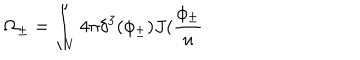
\Omega _ { \pm } = \int _ { V } 4 \pi \delta ^ { 3 } ( \phi _ { \pm } ) J ( \frac { \phi _ { \pm } } u